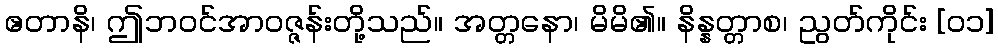
ဧတာနိ၊ ဤဘဝင်အာဝဇ္ဇန်းတို့သည်။ အတ္တနော၊ မိမိ၏။ နိန္နတ္တာစ၊ ညွတ်ကိုင်း [၀၁]